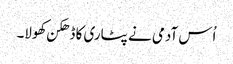
اُس آدمی نے پٹاری کا ڈھکن کھولا۔